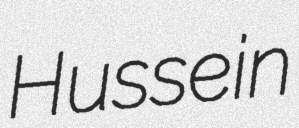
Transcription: Hussein